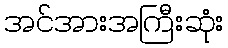
အင်အားအကြီးဆုံး